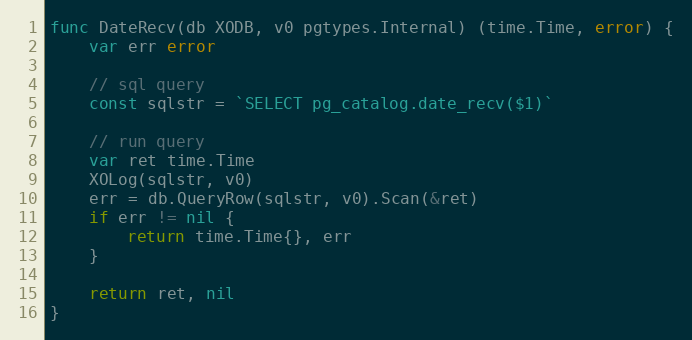
Language: Go
func DateRecv(db XODB, v0 pgtypes.Internal) (time.Time, error) {
	var err error

	// sql query
	const sqlstr = `SELECT pg_catalog.date_recv($1)`

	// run query
	var ret time.Time
	XOLog(sqlstr, v0)
	err = db.QueryRow(sqlstr, v0).Scan(&ret)
	if err != nil {
		return time.Time{}, err
	}

	return ret, nil
}